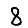
Digit: 8